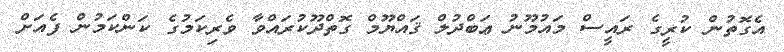
އެގޮތުން ކުރީގެ ރައީސް މައުމޫނު ޢަބްދުލް ޤައްޔޫމް ގޮތްދޫކުރައްވާ ވެރިިކަމުގެ ކަންކަމުން ފެއަށް